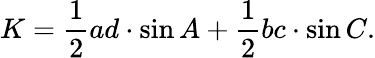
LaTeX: K={\frac{1}{2}}ad\cdot\sin{A}+{\frac{1}{2}}bc\cdot\sin{C}.